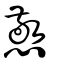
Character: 憼